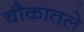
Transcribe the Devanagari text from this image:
चौकातले